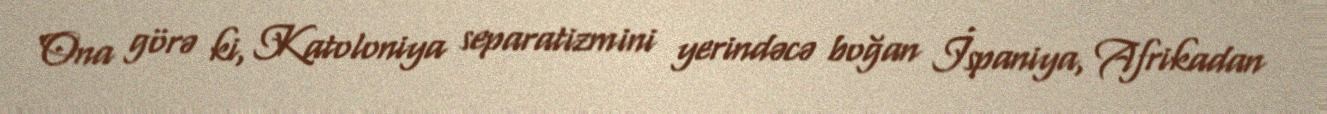
Ona görə ki, Katoloniya separatizmini yerindəcə boğan İspaniya, Afrikadan